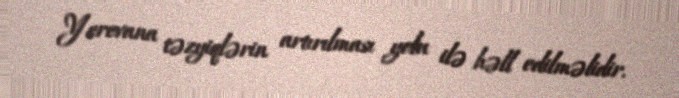
Yerevana təzyiqlərin artırılması yolu ilə həll edilməlidir.